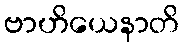
ဗာဟိယေနာတိ